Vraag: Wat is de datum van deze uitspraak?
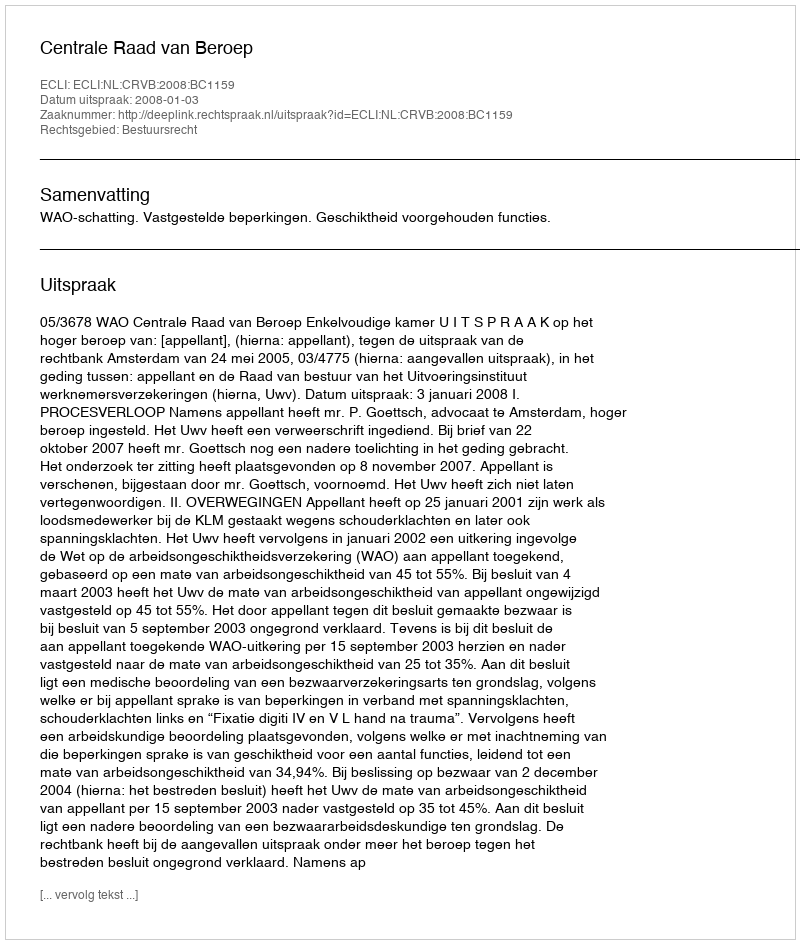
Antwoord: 2008-01-03